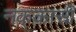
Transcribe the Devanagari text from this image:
नक़्क़ासी